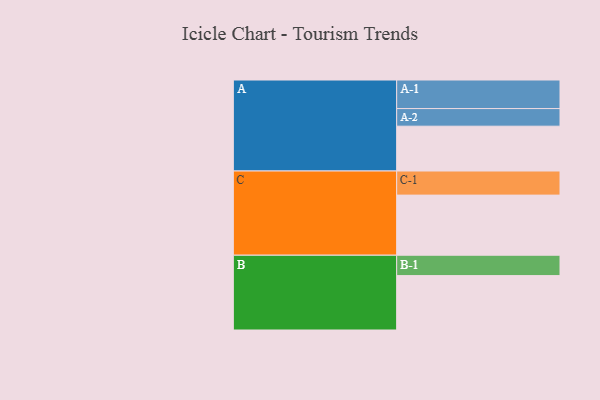
{"axis": {"x": "Segment", "y": "Value"}, "legend": ["", "A", "B", "C"], "data": [{"x": "A", "y": 422, "type": ""}, {"x": "B", "y": 512, "type": ""}, {"x": "C", "y": 566, "type": ""}, {"x": "A-1", "y": 269, "type": "A"}, {"x": "A-2", "y": 166, "type": "A"}, {"x": "B-1", "y": 192, "type": "B"}, {"x": "C-1", "y": 227, "type": "C"}]}